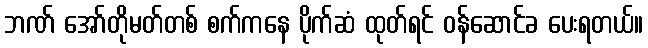
ဘဏ် အော်တိုမတ်တစ် စက်ကနေ ပိုက်ဆံ ထုတ်ရင် ဝန်ဆောင်ခ ပေးရတယ်။